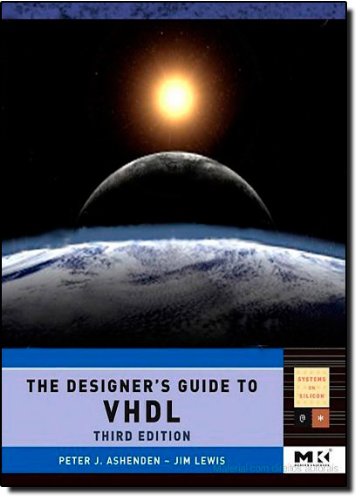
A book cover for The Designer's Guide to VHDL, Third Edition (Systems on Silicon); Peter J. Ashenden; Computers & Technology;